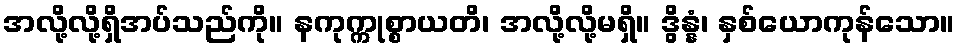
အလို့လို့ရှိအပ်သည်ကို။ နကုက္ကုစ္စာယတိ၊ အလို့လို့မရှိ။ ဒွိန္နံ၊ နှစ်ယောကုန်သော။